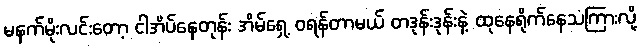
မနက်မိုးလင်းတော့ ငါအိပ်နေတုန်း အိမ်ရှေ့ ဝရန်တာမယ် တဒုန်းဒုန်းနဲ့ ထုနေရိုက်နေသံကြားလို့